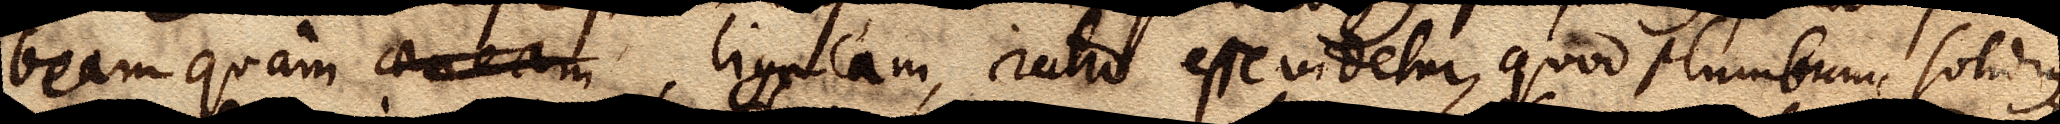
beam quam aeneam, ligneam, ratio esse videtur, quod plumbum, solidum,